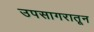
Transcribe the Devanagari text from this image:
उपसागरातून